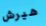
هيرش